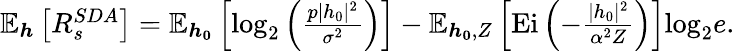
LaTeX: \begin{array}{r}{\mathbb{E}_{\boldsymbol{h}}\left[R_{s}^{SDA}\right]=\mathbb{E}_{\boldsymbol{h_{0}}}\left[\mathrm{log}_{2}\left(\frac{p|h_{0}|^{2}}{\sigma^{2}}\right)\right]-\mathbb{E}_{\boldsymbol{h_{0}},Z}\left[\mathrm{Ei}\left(-\frac{|h_{0}|^{2}}{\alpha^{2}Z}\right)\right]\mathrm{log}_{2}e.}\end{array}